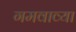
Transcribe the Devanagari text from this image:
गमवाव्या